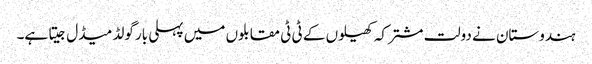
ہندوستان نے دولت مشترکہ کھیلوں کے ٹی ٹی مقابلوں میں پہلی بار گولڈ میڈل جیتا ہے۔